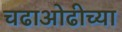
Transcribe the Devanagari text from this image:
चढाओढीच्या